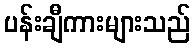
ပန်းချီကားများသည်